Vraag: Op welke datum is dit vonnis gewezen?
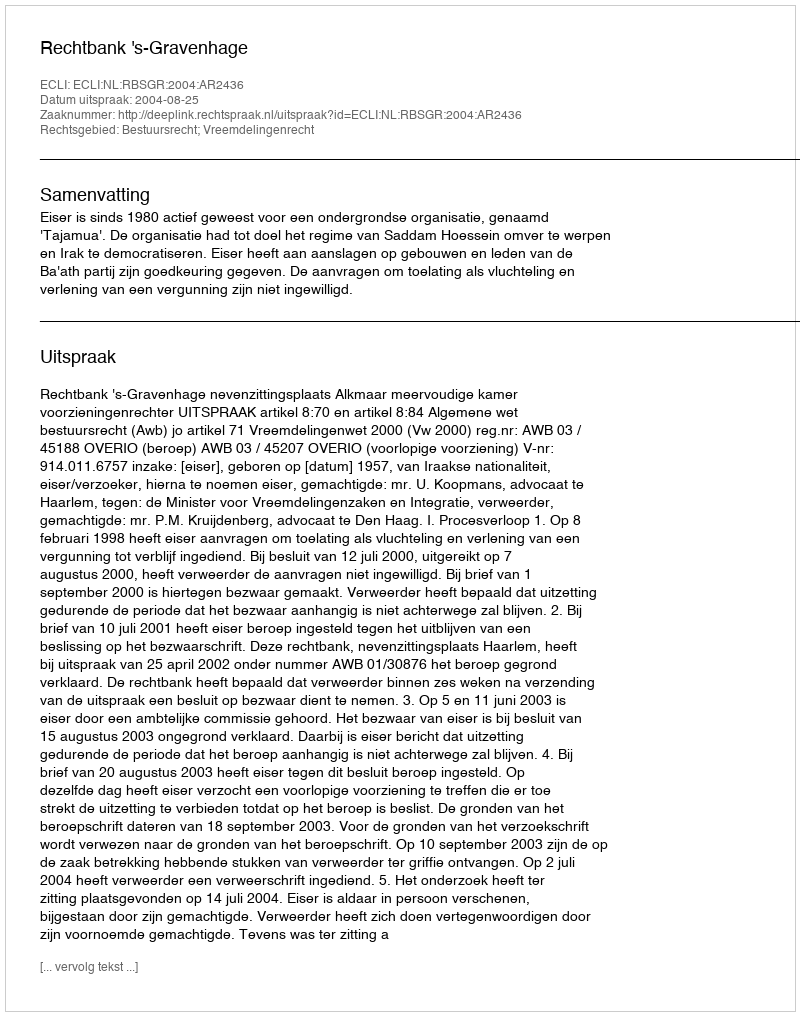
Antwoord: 2004-08-25